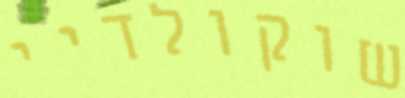
שוקולדיי